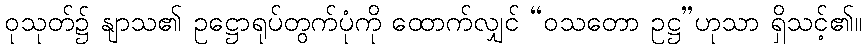
ဝုသုတ်၌ နျာသ၏ ဥဋ္ဌောရုပ်တွက်ပုံကို ထောက်လျှင် “ဝသတော ဥဋ္ဌ”ဟုသာ ရှိသင့်၏။